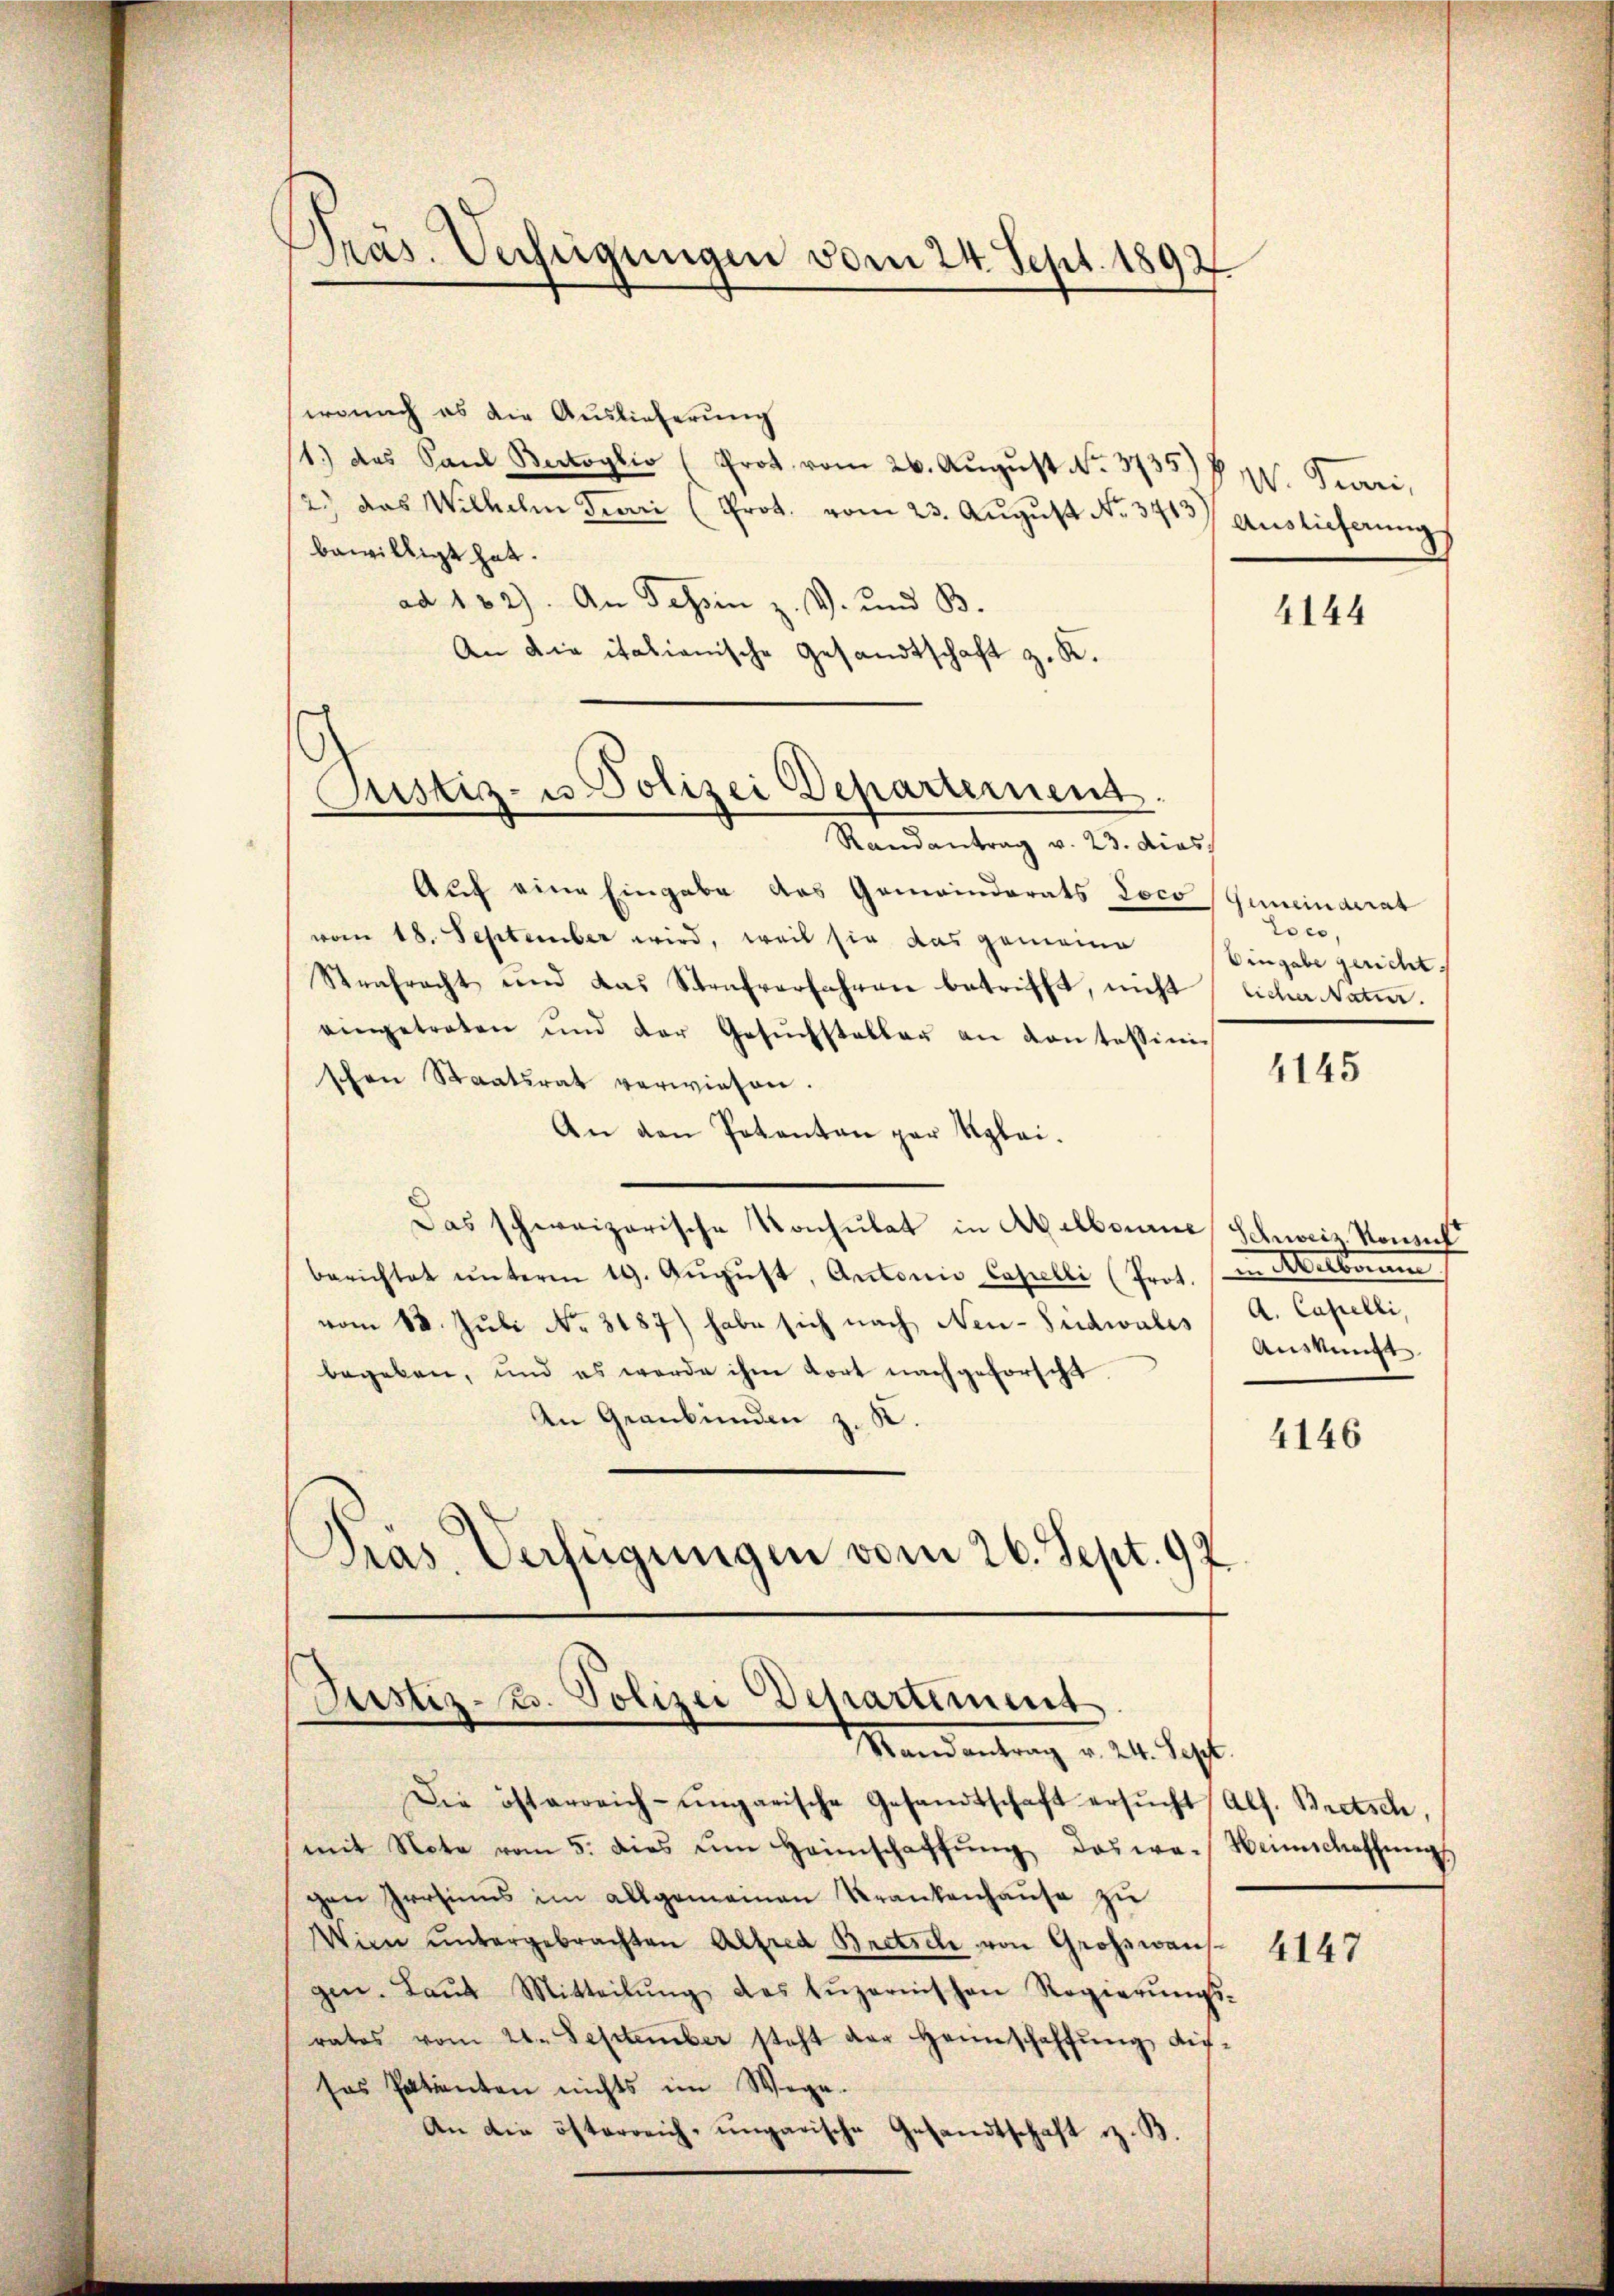
Präs. Verfügungen vom 24. Sept. 1892

wonach es die Auslieferung
11.) das Sand Bertoglio (Prot. vom 26. Aŭgŭst No. 37357/ W. Turi,
2) das Wilhelm Trari (Prot. vom 23. Aŭgŭst No. 3413/ Auslieferungs
bewilligt hat.
ad 182). An Tessin z. V. und B.
An die italianische Gesandtschaft z. K.
Randantrag v. 23. dies
Auf eine Eingabe des Gemeindrats Loco (Gumeinderat
vom 18. September wird, weil sie das gemeine
Steafracht und das Strafverfahren betrifft, nicht liche Natur.
eingetreten und der Gesŭchsteller an von tession
4145
schen Staatsrat verwiesen.
An den Potenten par Klei¬
Das schweizerische Konsulat in Abelbaumes Schweiz. Konsul
berichtet ŭnterm 19. Aŭgŭst, Autoris Capelli (Prot. (in Melborum
vom 18. Juli No. 3187) habe sich nach Neu-Sidwales (A. Capelli,
Auskunft
begeben, und es werde ihm dort nachgeforscht.
An Graubünden z. K.
4146
Präs. Verfügungen vom 26. Sept. 92.

Justiz- u Polizei Departement.

Justiz-Z. Polizei Departiment.
Mandantrag v. 24. Sept.

Die öfterreich-ungarische Gesandtschaft ersŭcht Alf. Bretsch,
mit Note vom 5. dies im Heimschaffŭng das war Weinschaffŭngs
gen Persinns im allgemeinen Krankenhaŭse zŭ
Wien ŭntergebrachten Alfred Bretsel von Großwansgen. Laŭt Mitteilŭng des Lŭzernischen Regierŭngs-
ratos vom 21. September steht der Heimschaffŭng dis-
sos Patienten nichts im Wege.
An die österreich-ungarische Gesandtschaft z. B.

4144

Loco,
Eingabe gericht.

4147